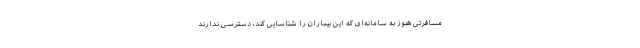
مسافرتی هنوز به سامانه‌ای که این بیماران را شناسایی کند، دسترسی ندارند